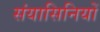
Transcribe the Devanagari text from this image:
संयासिनियों